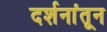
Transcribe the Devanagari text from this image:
दर्शनांतून